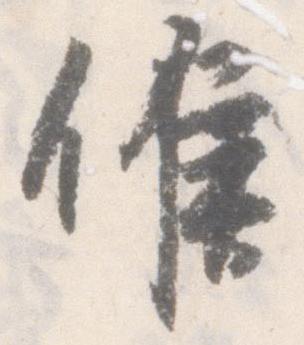
候